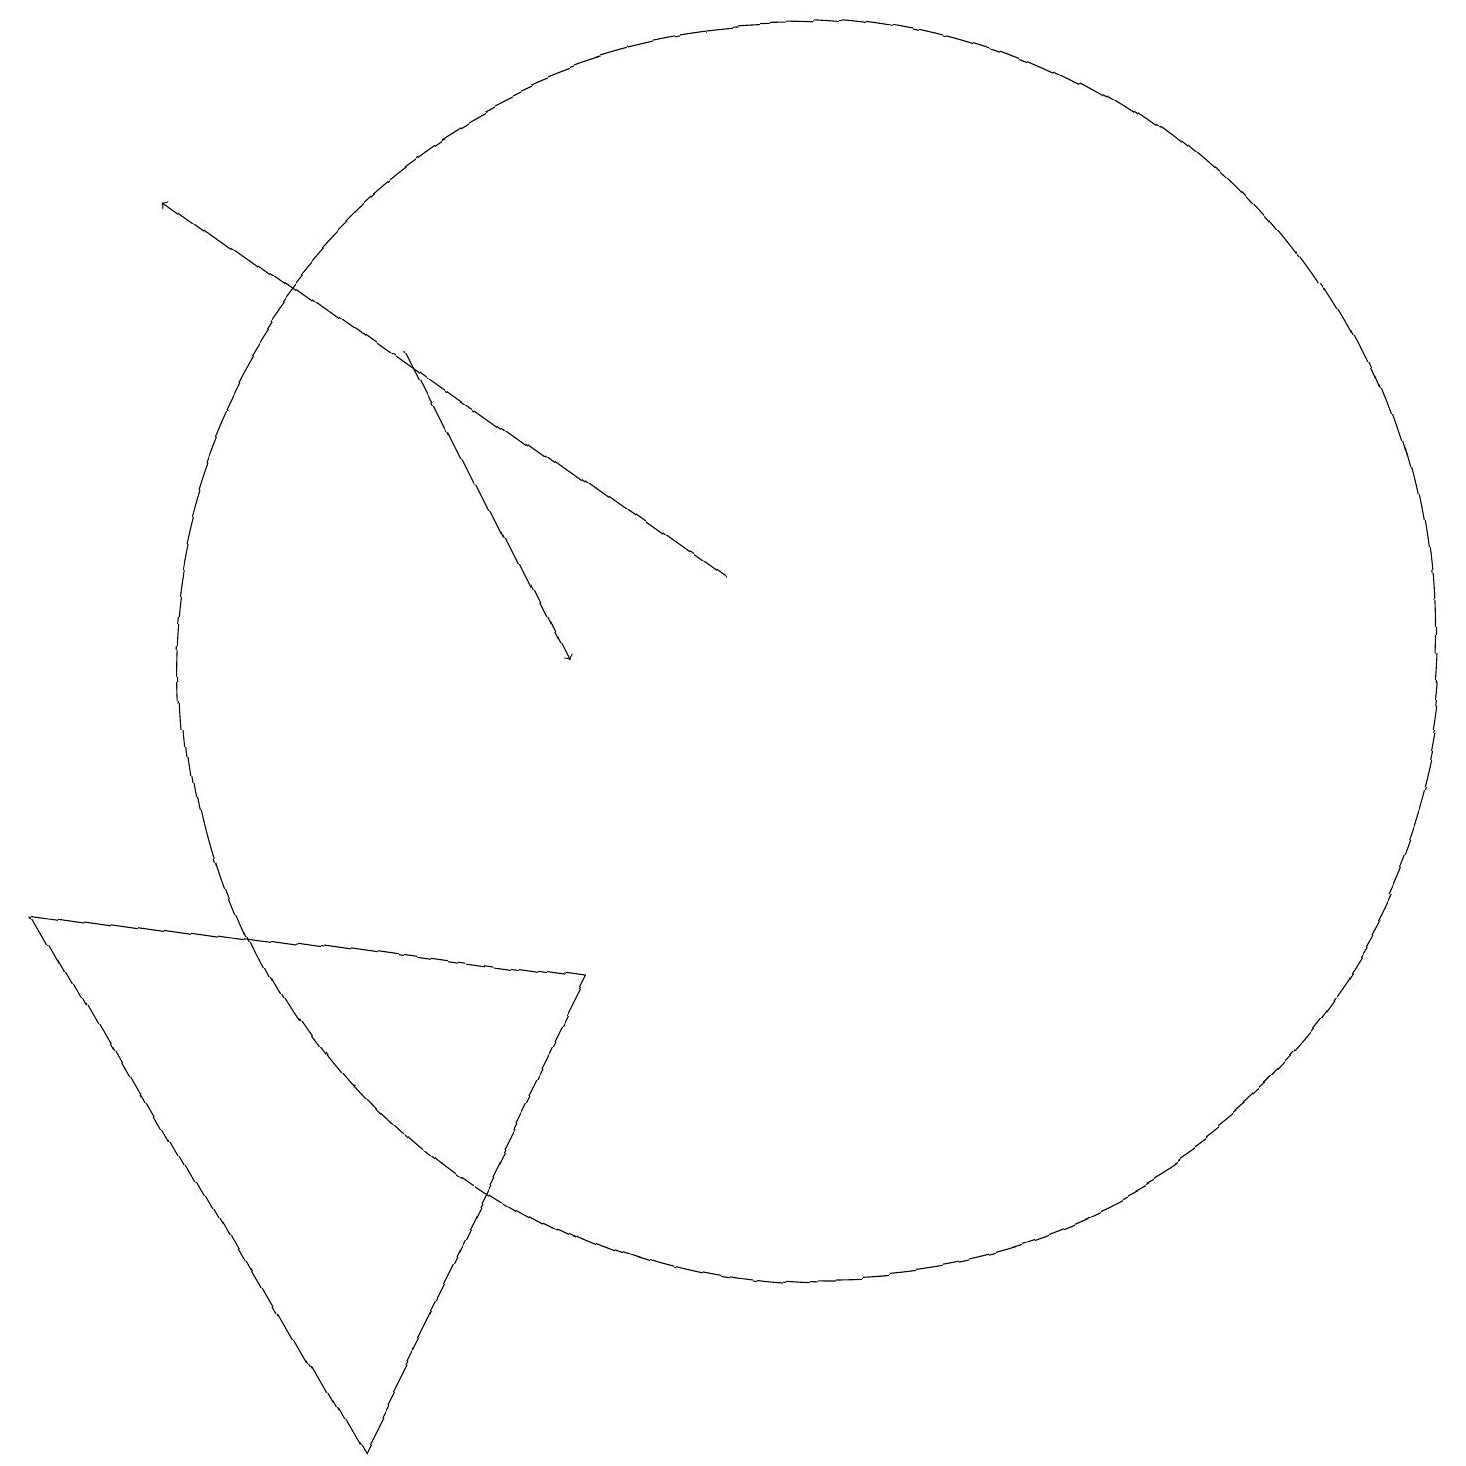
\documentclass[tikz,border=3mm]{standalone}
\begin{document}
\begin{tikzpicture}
\draw[->] (5,14) -- (7,10);
\draw (0,7) -- (4,0) -- (7,6) -- cycle;
\draw[->] (9,11) -- (2,16);
\draw (10,10) circle (8);
\draw (11,11) circle (0);
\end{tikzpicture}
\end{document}